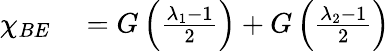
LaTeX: \begin{array}{rl}{{{\chi}_{BE}}}&{{}=G\left(\frac{{{\lambda}_{1}}-1}{2}\right)+G\left(\frac{{{\lambda}_{2}}-1}{2}\right)}\end{array}